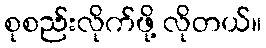
စုစည်းလိုက်ဖို့ လိုတယ်။